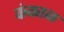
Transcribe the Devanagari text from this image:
कंकाळ